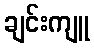
ချင်းကျူ